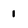
Character: 1